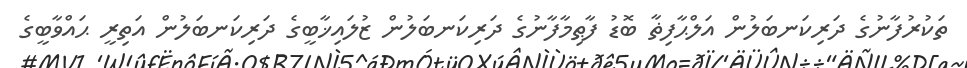
ތަކުރުފާނުގެ ދަރިކަނބަލުން އަލްޙާފިޡާ ބޮޑު ފާޠިމާފާނުގެ ދަރިކަނބަލުން ޒުލައިޚާބީގެ ދަރިކަނބަލުން އަތިރީ ޙައްވާބީގެ